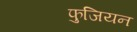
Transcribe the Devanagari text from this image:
फुजियन